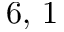
6 , \, 1